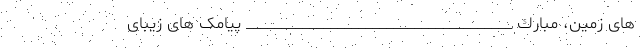
هاى زمين، مبارك ______________________________________ پیامک های زیبای